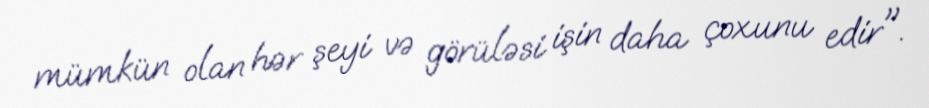
mümkün olan hər şeyi və görüləsi işin daha çoxunu edir".